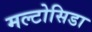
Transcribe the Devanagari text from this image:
मल्टोसिडा